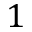
1